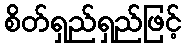
စိတ်ရှည်ရှည်ဖြင့်